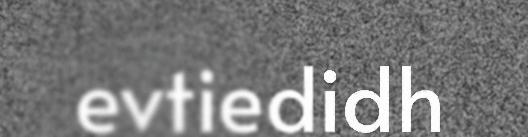
evtiedidh